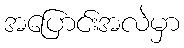
အပြောင်းအလဲမှာ